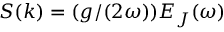
S ( k ) = ( g / ( 2 \omega ) ) E _ { J } ( \omega )